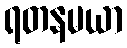
ရတနမယာ